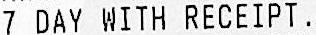
7 DAY WITH RECEIPT.